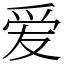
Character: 爱